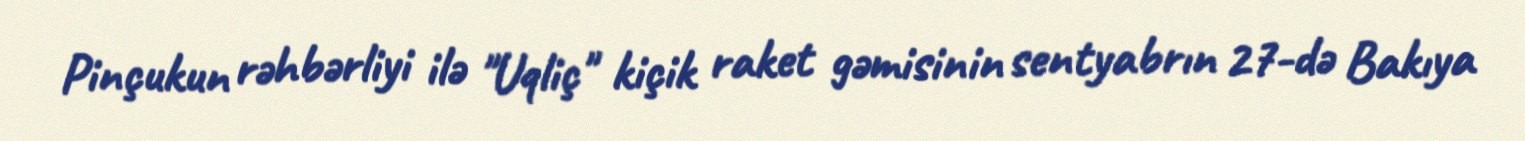
Pinçukun rəhbərliyi ilə "Uqliç" kiçik raket gəmisinin sentyabrın 27-də Bakıya